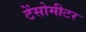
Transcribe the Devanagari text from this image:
टेंसोमीटर